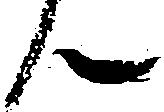
ん